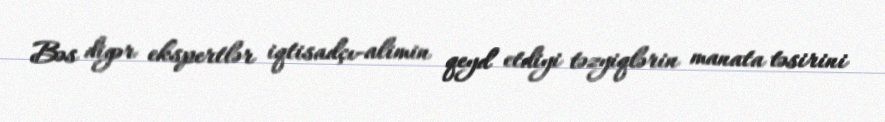
Bəs digər ekspertlər iqtisadçı-alimin qeyd etdiyi təzyiqlərin manata təsirini